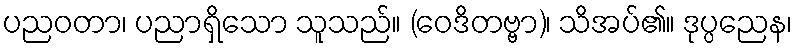
ပညဝတာ၊ ပညာရှိသော သူသည်။ (ဝေဒိတဗ္ဗာ)၊ သိအပ်၏။ ဒုပ္ပညေန၊